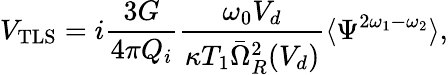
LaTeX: V_{\mathrm{TLS}}=i\frac{3G}{4\pi Q_{i}}\frac{\omega_{0}V_{d}}{\kappa T_{1}\bar{\Omega}_{R}^{2}(V_{d})}\langle\Psi^{2\omega_{1}-\omega_{2}}\rangle,